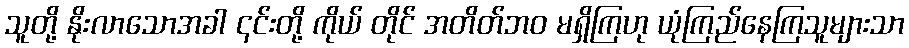
သူတို့ နိုးလာသောအခါ ၎င်းတို့ ကိုယ် တိုင် အတိတ်ဘဝ မရှိကြဟု ယုံကြည်နေကြသူများသာ